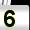
Digit: 5